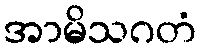
အာမိသဂတံ